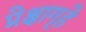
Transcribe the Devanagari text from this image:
प्रेक्षागृहे